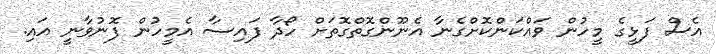
އެސް ފަޅީގެ މީހުން ވައްކަންކޮށްގެނާ އެނޫންގޮތްގޮތަށް ހޯދާ ފައިސާ އެމީހުން ފޮނުވާނީ އައި.